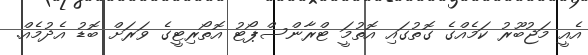
އެއީ މަޖުބޫރު ކަމެއްގެ ގޮތުގައި އޮތުމަަީ ޓްރާންސްޕޯޓު އޮތޯރިޓީގެ ވަރަށް ބޮޑު އެދުމެއް.